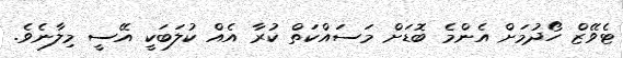
ޓެވޭޒް ހޯދުމަށް އެންމެ ބޮޑަށް މަސައްކަތް ކުރާ އެއް ކުލަބަކީ އޭސީ މިލާނެވެ.